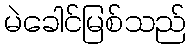
မဲခေါင်မြစ်သည်